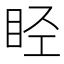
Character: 𬑏